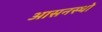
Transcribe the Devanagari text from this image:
आसनस्थो